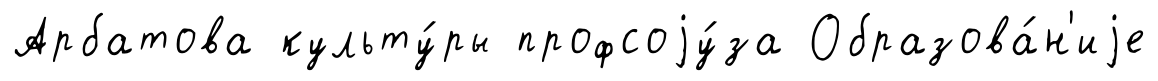
Арбатова культу́ры профсоjу́за Образова́н'иjе